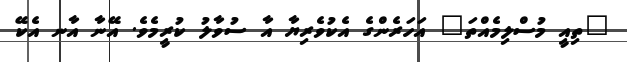
"ތިއީ މުސްލިމެއްތަ" އަހަރެންގެ އެކުވެރިޔާ އާ ސުވާލު ކުރީމެވެ. އޭނާ އާނ އެކޭ